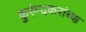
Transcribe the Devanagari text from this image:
कुरूंदकरांच्या